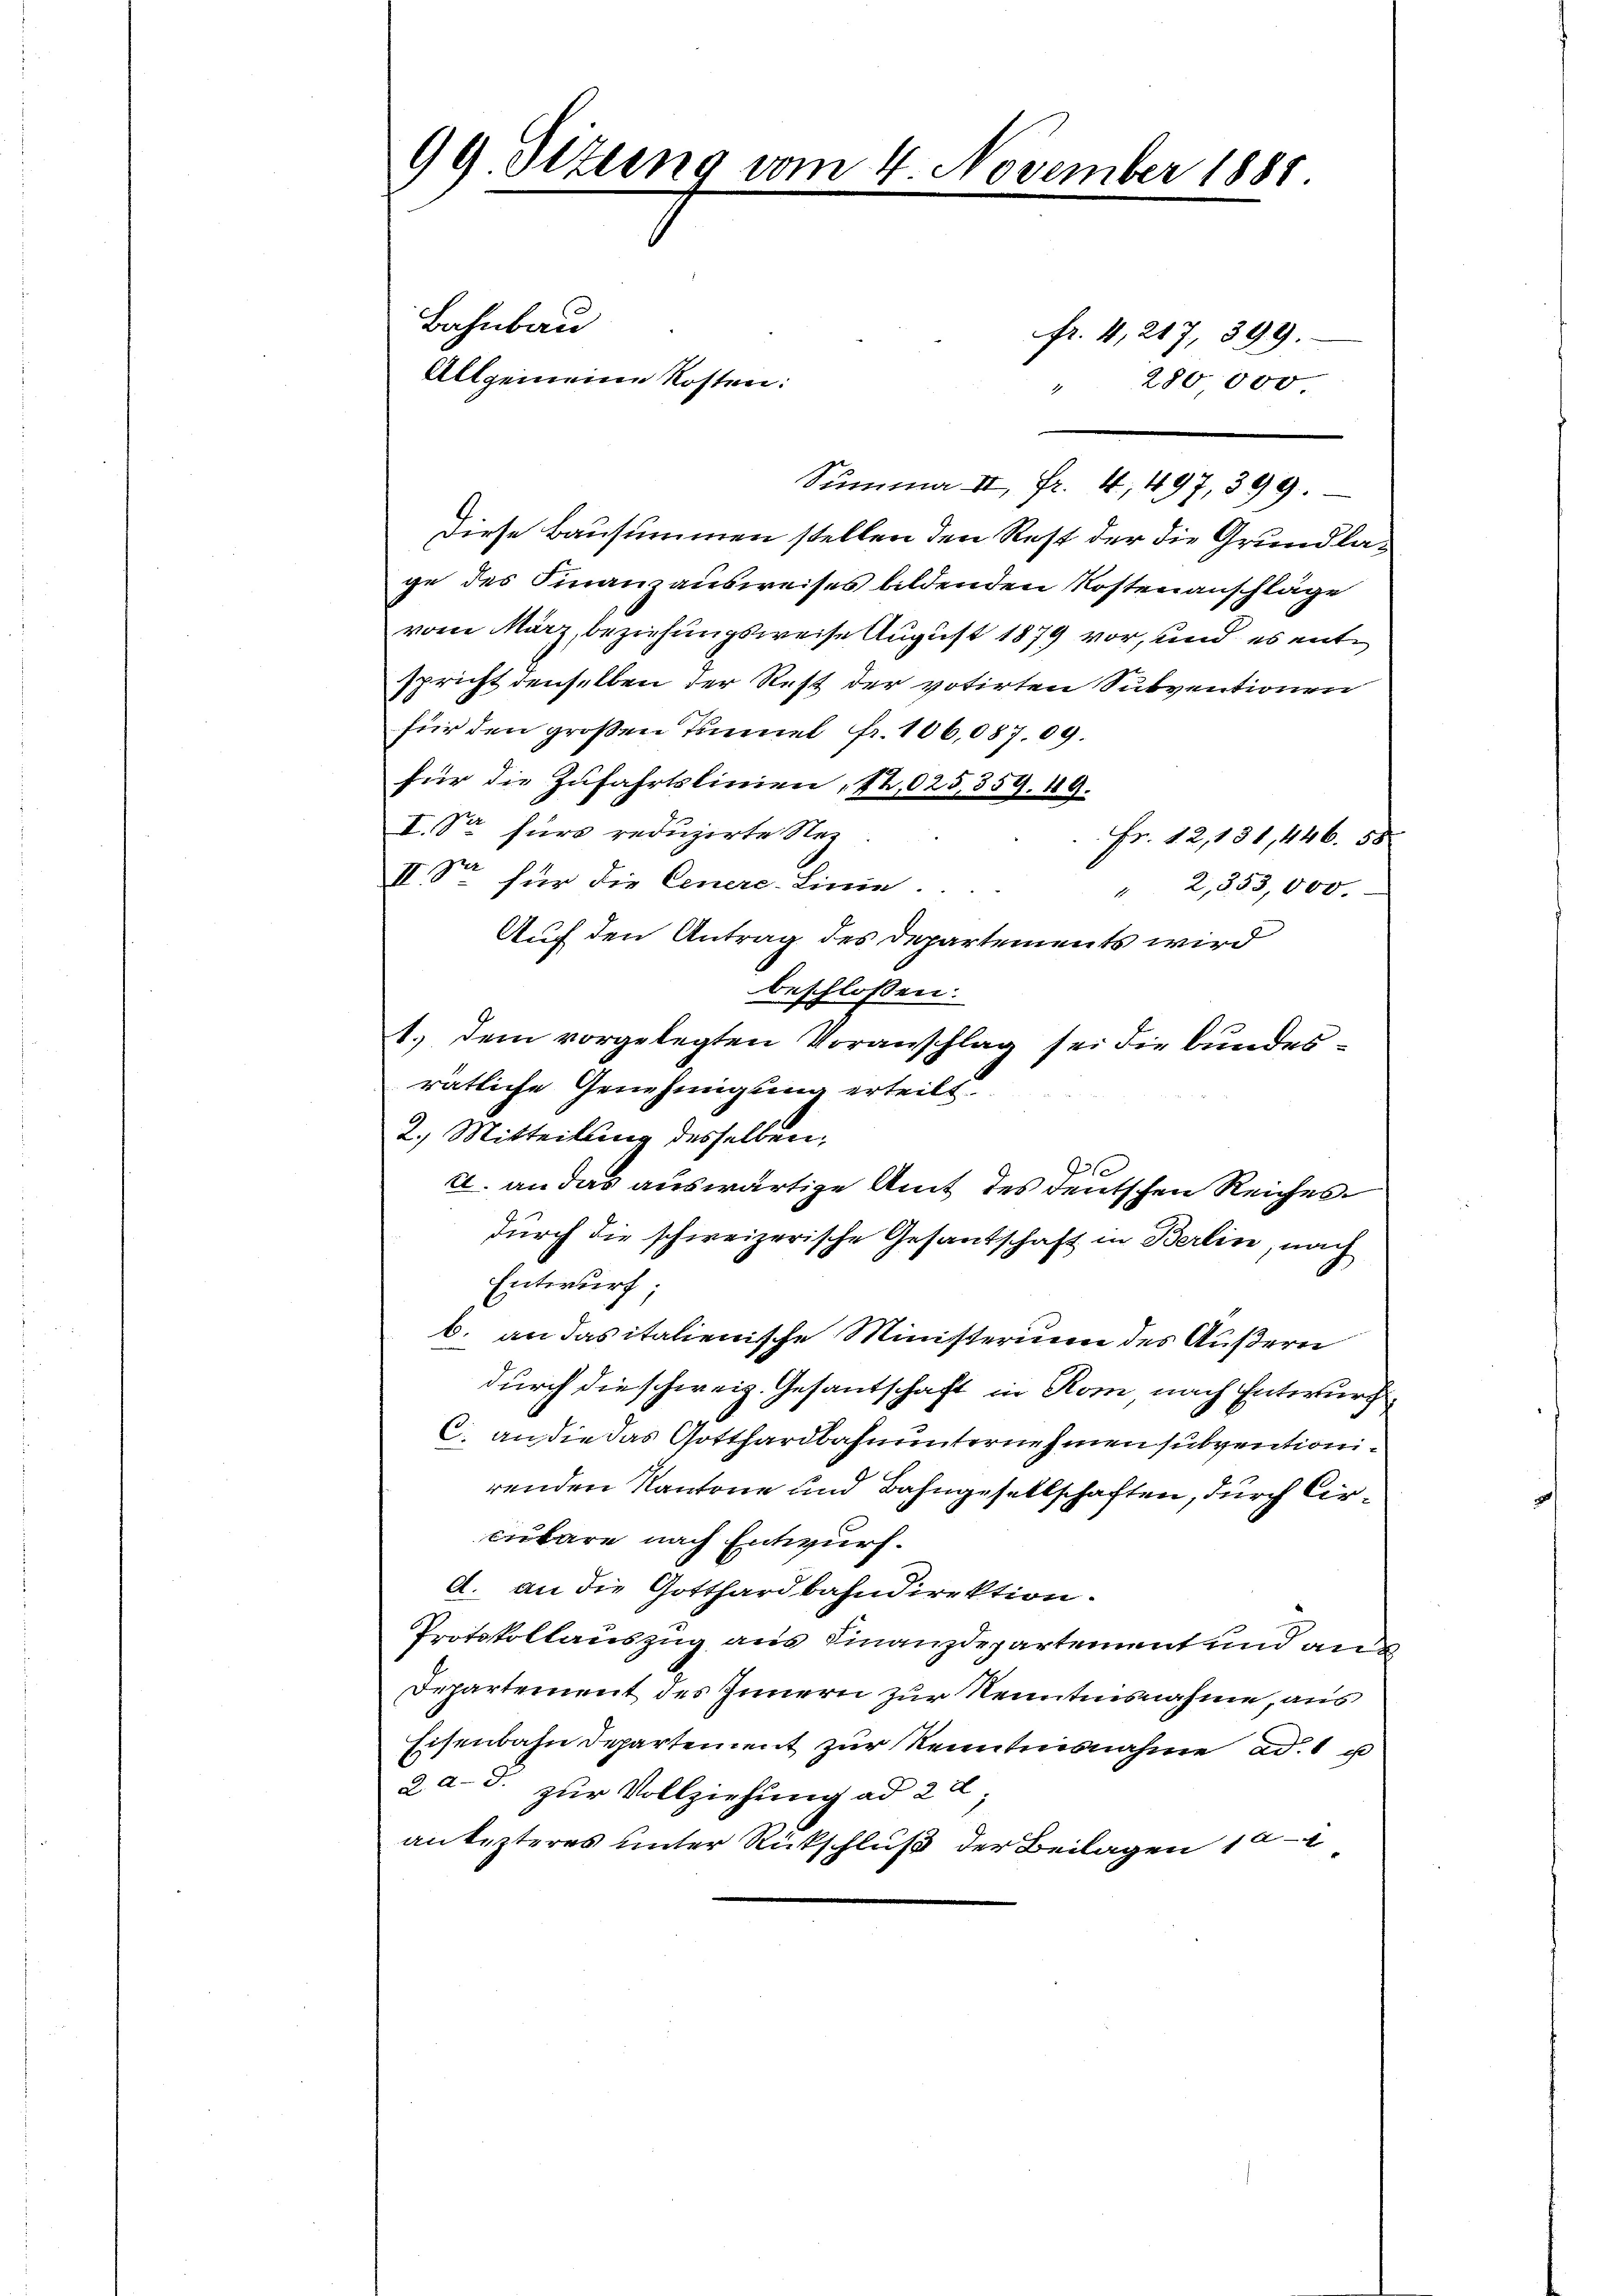
99. Sizung vom 4. November 1881.

Bahnbau
fr. 4, 217, 399.
" 280000
Summa II fr. 4, 497, 399.
Diese Bausummen stellen den Rest der die Grundlage des Finanzausweises bildenden Kostenanschläge
vom März, beziehungsweise August 1879 vor, und es entspricht denselben der Rest der votirten Subventionen
für den großen Temmel fr. 106,087. 69.
für die Zufahrtslinien, 12,025,359. 49.
I. So fürs reduzirte Nez
Fr. 12,131, 446. 58.
II. Sr. für die Genere-Linie.
2,853,000.
1
Auf den Antrag des Departements wird
beschlossen:
1.) dem vorgelegten Voranschlag sei die bundesrätliche Genehmigung erteilt
2.) Mitteilung desselben,
1
2. an das auswärtige Amt des deutschen Reiches
durch die schweizerische Gesandschaft in Berlin, nach
Entwurf
b. an das italienische Ministerium des Äußern
durch die schweiz. Gesantschaft in Rom nach Entwurf
C. an die das Gotthardbahnunternehmen subventionirenden Kantone und Bahngesellschaften, durch Ciraubare nach Entwurf.
A. an die Gotthardbahndirektion.
Protokollauszug aus Finanzdepartement und an
Departement des Innern zur Kenntnisnahme, aus
Eisenbahn Departement zur Kenntnisnahme ad. 1 u
2 a.d. zur Vollziehung ad 2 d
antesteres unter Rückschluß der Beilagen 10

Allgemeine Kosten: